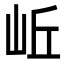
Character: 岴